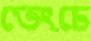
ভেংচে